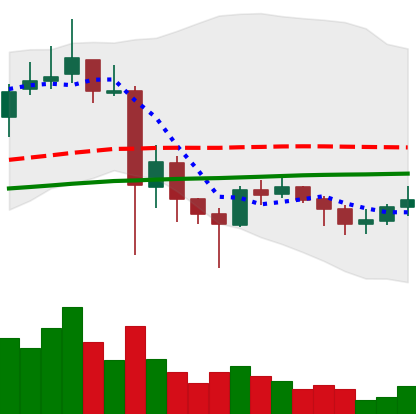
Ticker: XLM-USD
Chart end date: 2021-06-01
Forward return: -8.727%
Label: down_7plus